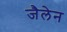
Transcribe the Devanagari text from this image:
जैलेन